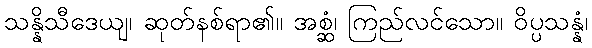
သန္နိသီဒေယျ၊ ဆုတ်နစ်ရာ၏။ အစ္ဆံ၊ ကြည်လင်သော။ ဝိပ္ပသန္နံ၊